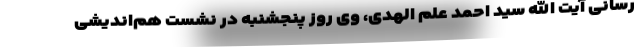
رسانی آیت الله سید احمد علم الهدی، وی روز پنجشنبه در نشست هم‌اندیشی